Scottish Certificate of Education, 1963
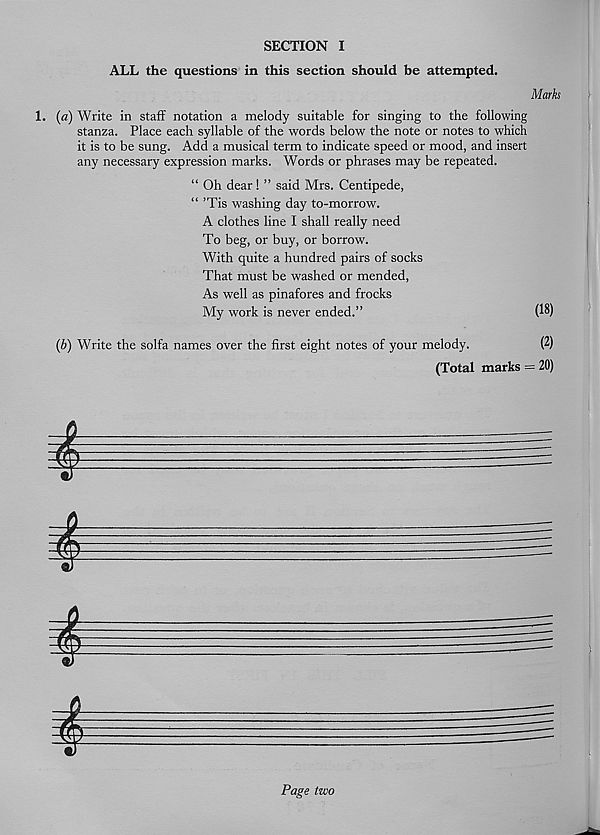
SECTION I
ALL the questions in this section should be attempted.
Marks
1. (a) Write in staff notation a melody suitable for singing to the following
stanza. Place each syllable of the words below the note or notes to which
it is to be sung. Add a musical term to indicate speed or mood, and insert
any necessary expression marks. Words or phrases may be repeated.
“ Oh dear! ” said Mrs. Centipede,
“ ’Tis washing day to-morrow.
A clothes line I shall really need
To beg, or buy, or borrow.
With quite a hundred pairs of socks
That must be washed or mended,
As well as pinafores and frocks
My work is never ended.”
(18)
(b) Write the solfa names over the first eight notes of your melody.
(2)
(Total marks = 20)
Page two